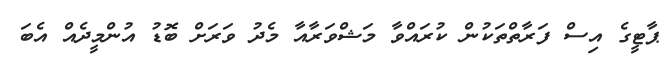
ޕާޓީގެ އިސް ފަރާތްތަކުން ކުރައްވާ މަޝްވަރާއާ މެދު ވަރަށް ބޮޑު އުންމީދެއް އެބަ